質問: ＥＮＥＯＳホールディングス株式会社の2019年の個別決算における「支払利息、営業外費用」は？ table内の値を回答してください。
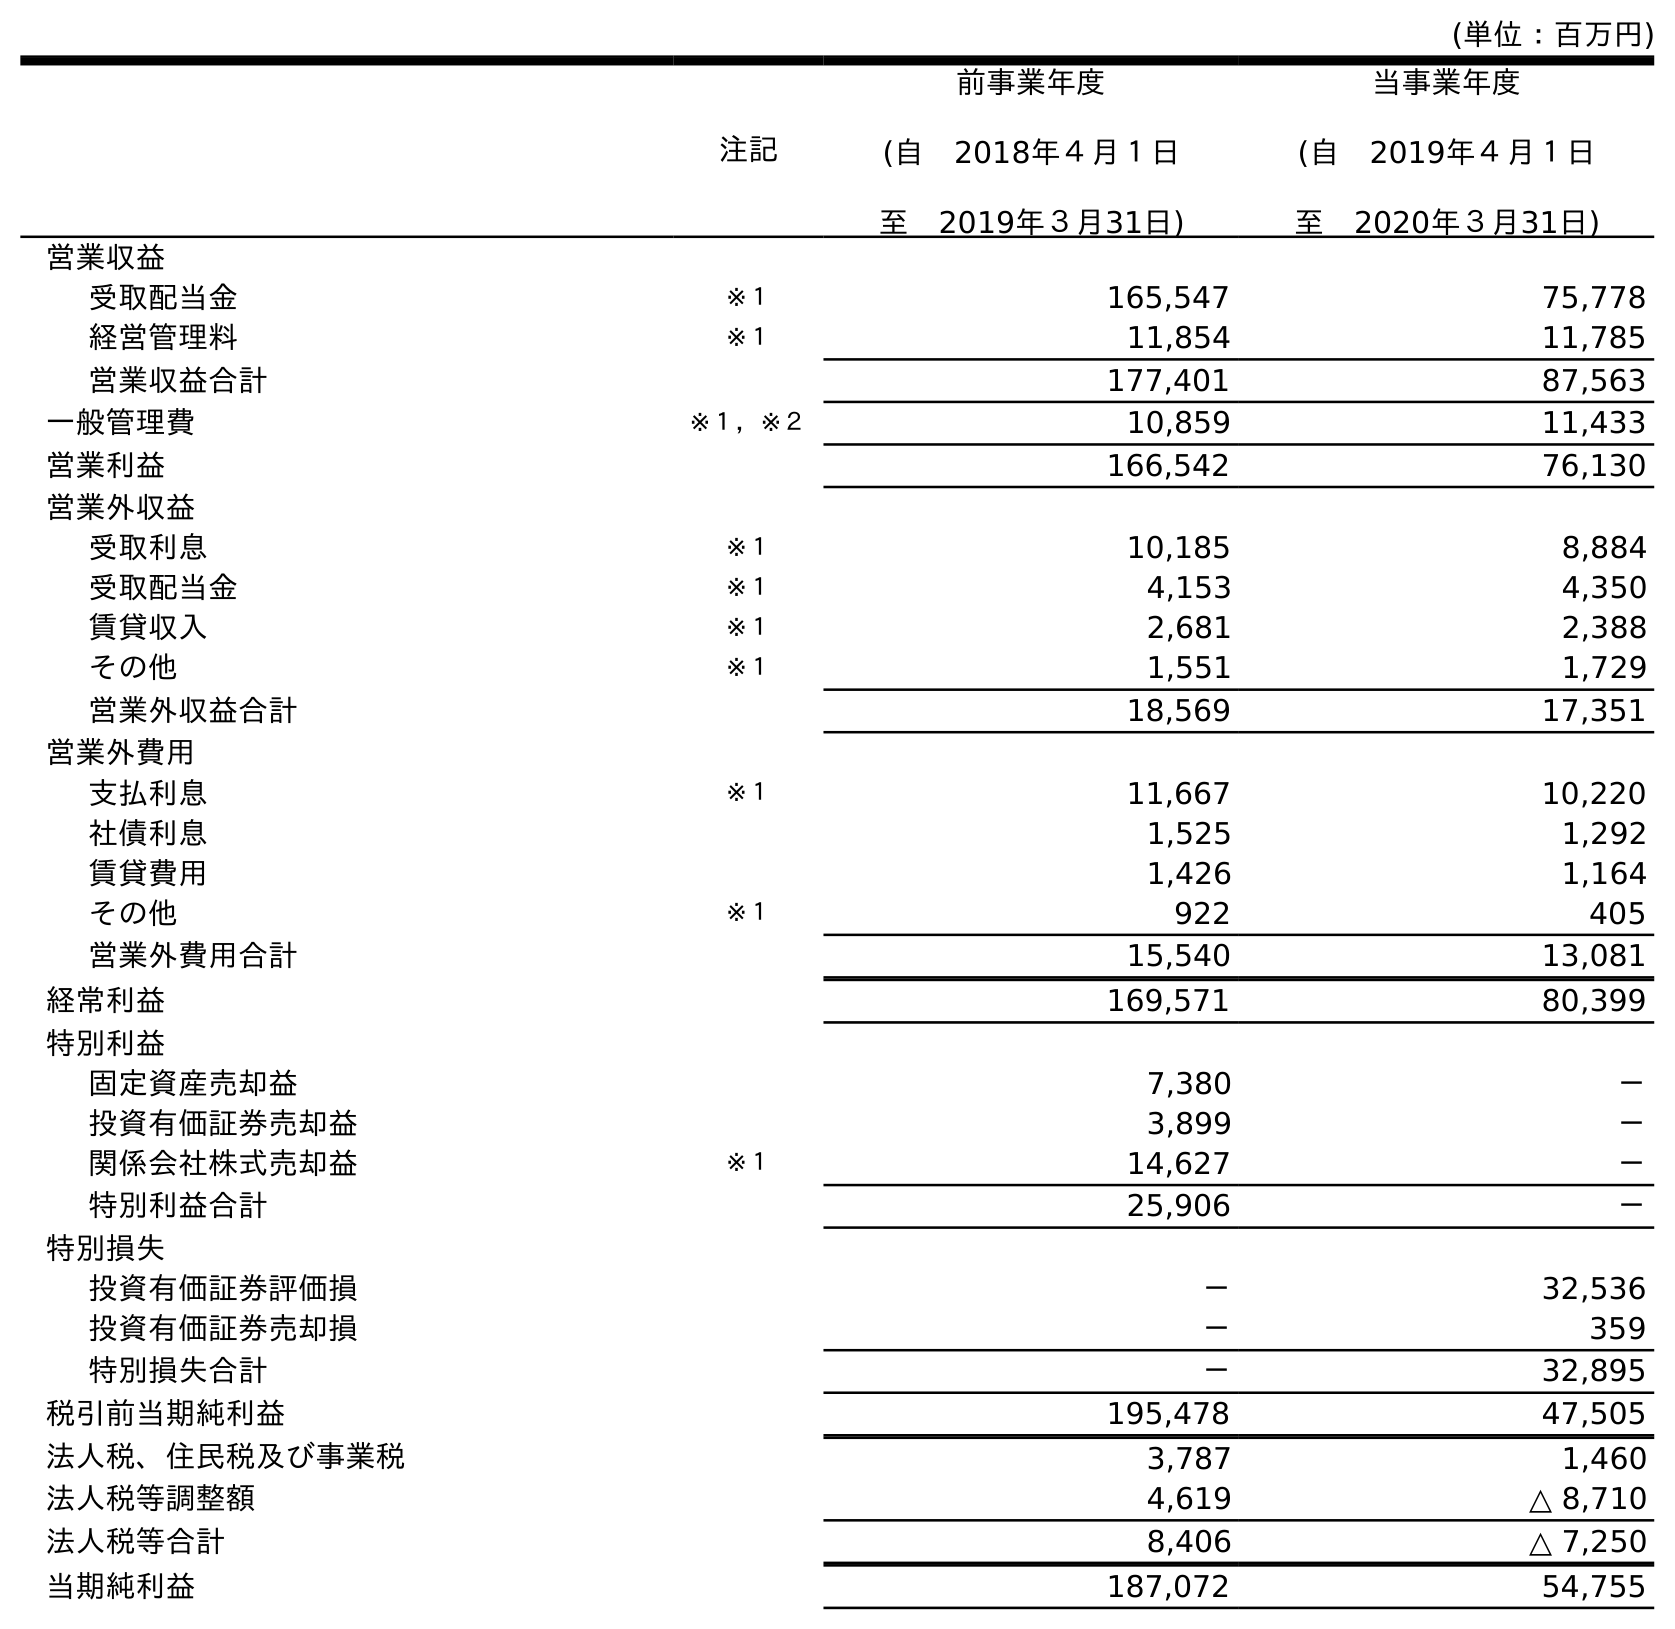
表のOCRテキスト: (単位：百万円) 注記 前事業年度 (自 2018年４月１日 至 2019年３月31日) 当事業年度 (自 2019年４月１日 至 2020年３月31日) 営業収益 受取配当金 ※１ 165,547 75,778 経営管理料 ※１ 11,854 11,785 営業収益合計 177,401 87,563 一般管理費 ※１，※２ 10,859 11,433 営業利益 166,542 76,130 営業外収益 受取利息 ※１ 10,185 8,884 受取配当金 ※１ 4,153 4,350 賃貸収入 ※１ 2,681 2,388 その他 ※１ 1,551 1,729 営業外収益合計 18,569 17,351 営業外費用 支払利息 ※１ 11,667 10,220 社債利息 1,525 1,292 賃貸費用 1,426 1,164 その他 ※１ 922 405 営業外費用合計 15,540 13,081 経常利益 169,571 80,399 特別利益 固定資産売却益 7,380 － 投資有価証券売却益 3,899 － 関係会社株式売却益 ※１ 14,627 － 特別利益合計 25,906 － 特別損失 投資有価証券評価損 － 32,536 投資有価証券売却損 － 359 特別損失合計 － 32,895 税引前当期純利益 195,478 47,505 法人税、住民税及び事業税 3,787 1,460 法人税等調整額 4,619 △ 8,710 法人税等合計 8,406 △ 7,250 当期純利益 187,072 54,755
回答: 11,667